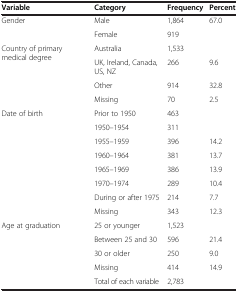
<table><thead><tr><td><b>Variable</b></td><td><b>Category</b></td><td><b>Frequency</b></td><td><b>Percent</b></td></tr></thead><tbody><tr><td rowspan="2">Gender</td><td>Male</td><td>[EMPTY_CELL]</td><td>1,864</td><td>67.0</td></tr><tr><td>Female</td><td>[EMPTY_CELL]</td><td>919</td><td>[EMPTY_CELL]</td></tr><tr><td rowspan="4">Country of primary medical degree</td><td>Australia</td><td>[EMPTY_CELL]</td><td>1,533</td><td>[EMPTY_CELL]</td></tr><tr><td>UK, Ireland, Canada, US, NZ</td><td>[EMPTY_CELL]</td><td>266</td><td>9.6</td></tr><tr><td>Other</td><td>[EMPTY_CELL]</td><td>914</td><td>32.8</td></tr><tr><td>Missing</td><td>[EMPTY_CELL]</td><td>70</td><td>2.5</td></tr><tr><td rowspan="8">Date of birth</td><td>Prior to 1950</td><td>[EMPTY_CELL]</td><td>463</td><td>[EMPTY_CELL]</td></tr><tr><td>1950–1954</td><td>[EMPTY_CELL]</td><td>311</td><td>[EMPTY_CELL]</td></tr><tr><td>1955–1959</td><td>[EMPTY_CELL]</td><td>396</td><td>14.2</td></tr><tr><td>1960–1964</td><td>[EMPTY_CELL]</td><td>381</td><td>13.7</td></tr><tr><td>1965–1969</td><td>[EMPTY_CELL]</td><td>386</td><td>13.9</td></tr><tr><td>1970–1974</td><td>[EMPTY_CELL]</td><td>289</td><td>10.4</td></tr><tr><td>During or after 1975</td><td>[EMPTY_CELL]</td><td>214</td><td>7.7</td></tr><tr><td>Missing</td><td>[EMPTY_CELL]</td><td>343</td><td>12.3</td></tr><tr><td rowspan="4">Age at graduation</td><td>25 or younger</td><td>[EMPTY_CELL]</td><td>1,523</td><td>[EMPTY_CELL]</td></tr><tr><td>Between 25 and 30</td><td>[EMPTY_CELL]</td><td>596</td><td>21.4</td></tr><tr><td>30 or older</td><td>[EMPTY_CELL]</td><td>250</td><td>9.0</td></tr><tr><td>Missing</td><td>[EMPTY_CELL]</td><td>414</td><td>14.9</td></tr><tr><td>[EMPTY_CELL]</td><td>Total of each variable</td><td>[EMPTY_CELL]</td><td>2,783</td><td>[EMPTY_CELL]</td></tr></tbody></table>